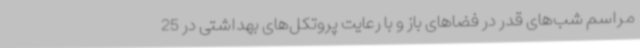
مراسم شب‌های قدر در فضاهای باز و با رعایت پروتکل‌های بهداشتی در 25